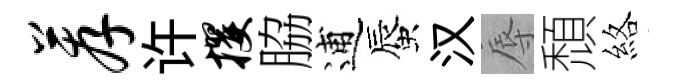
荐许攫脇逋蜃汉辱頹絡